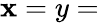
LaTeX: \mathbf{x}=y=